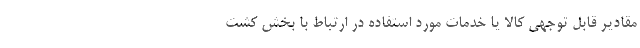
مقادیر قابل توجهی کالا یا خدمات مورد استفاده در ارتباط با بخش کشت